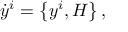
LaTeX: \dot { y } ^ { i } = \left\{ y ^ { i } , H \right\} ,